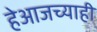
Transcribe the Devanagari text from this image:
हेआजच्याही